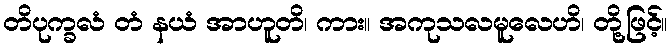
တိပုက္ခလံ တံ နယံ အာဟူတိ၊ ကား။ အကုသလမူလေဟိ၊ တို့ဖြင့်။